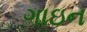
ગાઇન